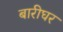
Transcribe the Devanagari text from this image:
बारीघर